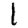
Digit: 1